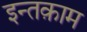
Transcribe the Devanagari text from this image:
इन्तक़ाम